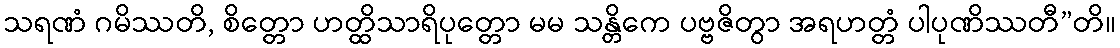
သရဏံ ဂမိဿတိ, စိတ္တော ဟတ္ထိသာရိပုတ္တော မမ သန္တိကေ ပဗ္ဗဇိတွာ အရဟတ္တံ ပါပုဏိဿတီ”တိ။